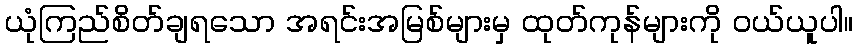
ယုံကြည်စိတ်ချရသော အရင်းအမြစ်များမှ ထုတ်ကုန်များကို ဝယ်ယူပါ။